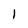
Character: I